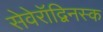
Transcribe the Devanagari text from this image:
सेवेरॉद्विनस्क